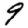
Digit: 9